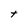
Character: t